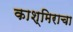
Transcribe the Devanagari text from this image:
काश्मिराचा